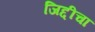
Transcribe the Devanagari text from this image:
जिद्दीचा